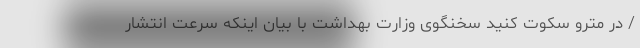
/ در مترو سکوت کنید سخنگوی وزارت بهداشت با بیان اینکه سرعت انتشار